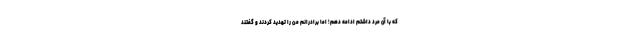
که با آن مرد داشتم ادامه دهم؛ اما برادرانم من را تهدید کردند و گفتند